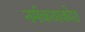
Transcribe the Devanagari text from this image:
नर्मकथाकोश